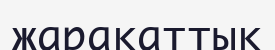
жарақаттық